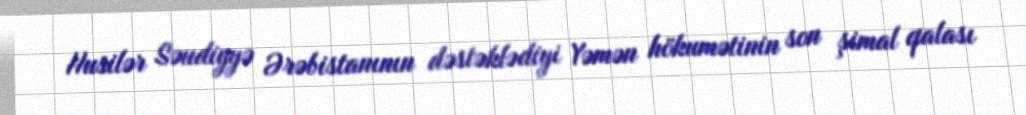
Husilər Səudiyyə Ərəbistanının dəstəklədiyi Yəmən hökumətinin son şimal qalası